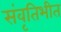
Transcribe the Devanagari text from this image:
संवृतिभीत